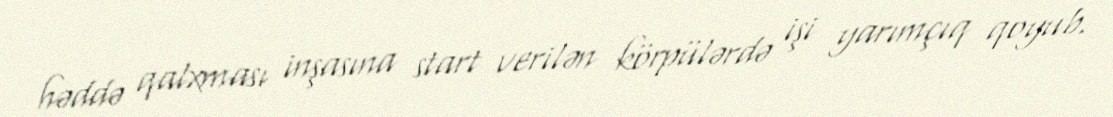
həddə qalxması inşasına start verilən körpülərdə işi yarımçıq qoyub.